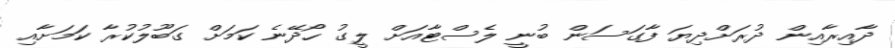
ދާއިރާއިން ދުރަށްދިޔަ ފާގަސަން ބުނީ ލެސްޓާއަށް ލީގު ހޯދޭނެ ކަމަށް ގަބޫލުކުރާ ކަމަށާއި